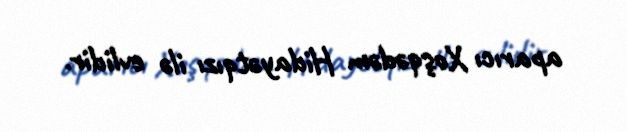
aparıcı Xoşqədəm Hidayətqızı ilə evlidir.